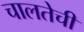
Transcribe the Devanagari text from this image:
चालतेची